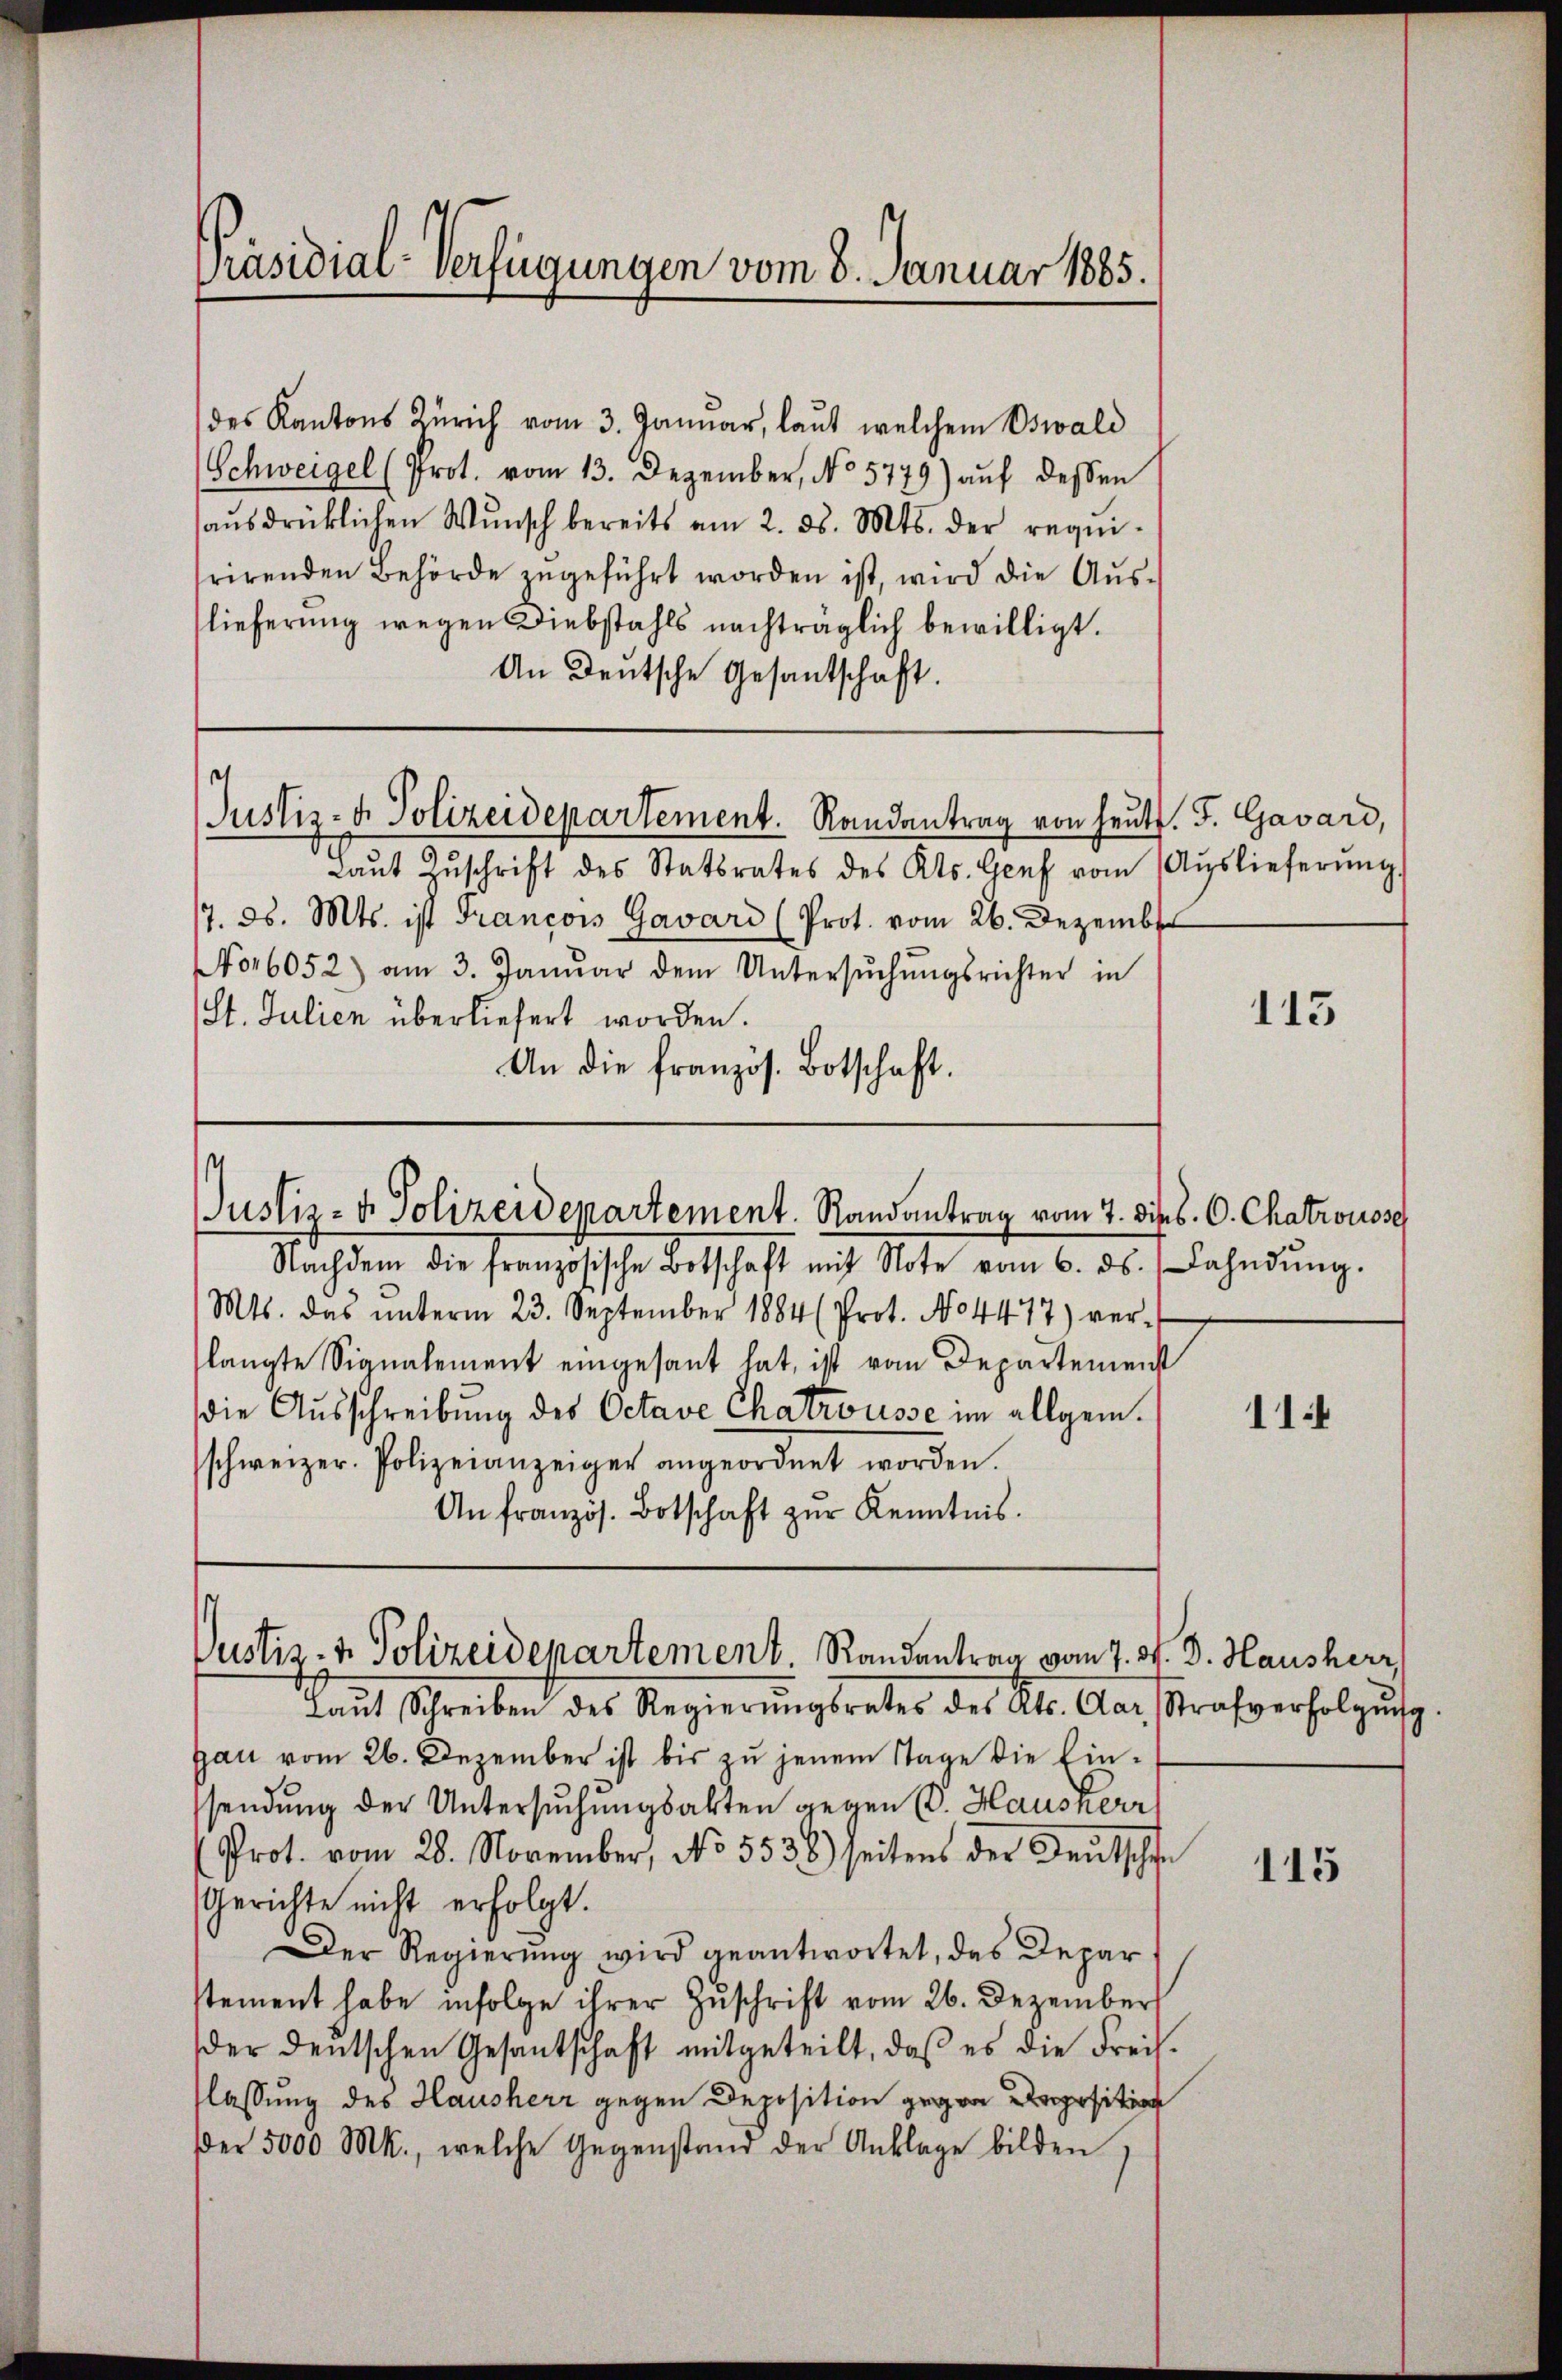
Präsidial-Verfügungen vom 8. Januar 1885.

des Kantons Zürich vom 3. Januar, laut welchem Oswald
Schweigel (Prot. vom 13. Dezember, No 5779) aŭf dessen
aŭsdrücklichen Wŭnsch bereits am 2. ds. Mts. der requi-
rirenden Behörde zŭgeführt worden ist, wird die Aŭs-
lieferung wegen Diebstahls nachträglich bewilligt.
An Deutsche Gesantschaft.
Justiz- & Polizeidepartement. Randantrag von heut. F. Gavard,
Laŭt Zŭschrift des Statsrates des Kts. Genf vom Aŭslieferŭng.
17. d. Mts. ist Francois Gavard (Prot. vom 26. Dezember
Nor6052) am 3. Janŭar dem Untersŭchŭngsrichter in
St. Julien überliefert worden.
An die französ. Botschaft.

Justiz- & Polizeidepartement. Randantrag vom 7. Di

Justiz- & Polizeidepartement. Randantrag vom 7. 31.

Nachdem die französische Botschaft mit Note vom 6. ds. Bahndŭng.
Mts. das ŭnterm 23. September 1884 (Prot. No 4477) ver-
langte Signalement eingesant hat, ist vom Departement
die Ausschreibung des Octave Chatrousse im allgem.
schweizer. Polizeianzeiger angeordnet worden.
An französ. Botschaft zŭr Kenntnis.

laŭt Schreiben des Regierŭngsrater des Kts. Aar, Strafverfolgŭng
gau vom 26. Dezember ist bis zu jenem Tage die Einsendung der Untersuchungsakten gegen (d. Hauskerr
Prot. vom 28. November, No 5536) seitens der Deutsche
Gerichte nicht erfolgt.
Der Regierung wird geantwortet, das Depar
stement habe infolge ihrer Zuschrift vom 26. Dezember
der deutschen Gesantschaft mitgeteilt, daß es die Freih.
flassung des Hausherr gegen Deposition gegen Proposition
er 5000 Mk., welche Gegenstand der Anklage bilden.

113

B. C. Chatrousse

114

d. Hausherr

115